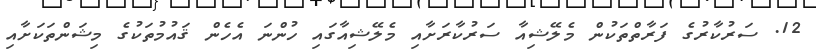
12. ސަރުކާރުގެ ފަރާތްތަކުން މެލޭޝިއާ ސަރުކާރަށާއި މެލޭޝިއާގައި ހުންނަ އެހެން ޤައުމުތަކުގެ މިޝަންތަކަށާއި